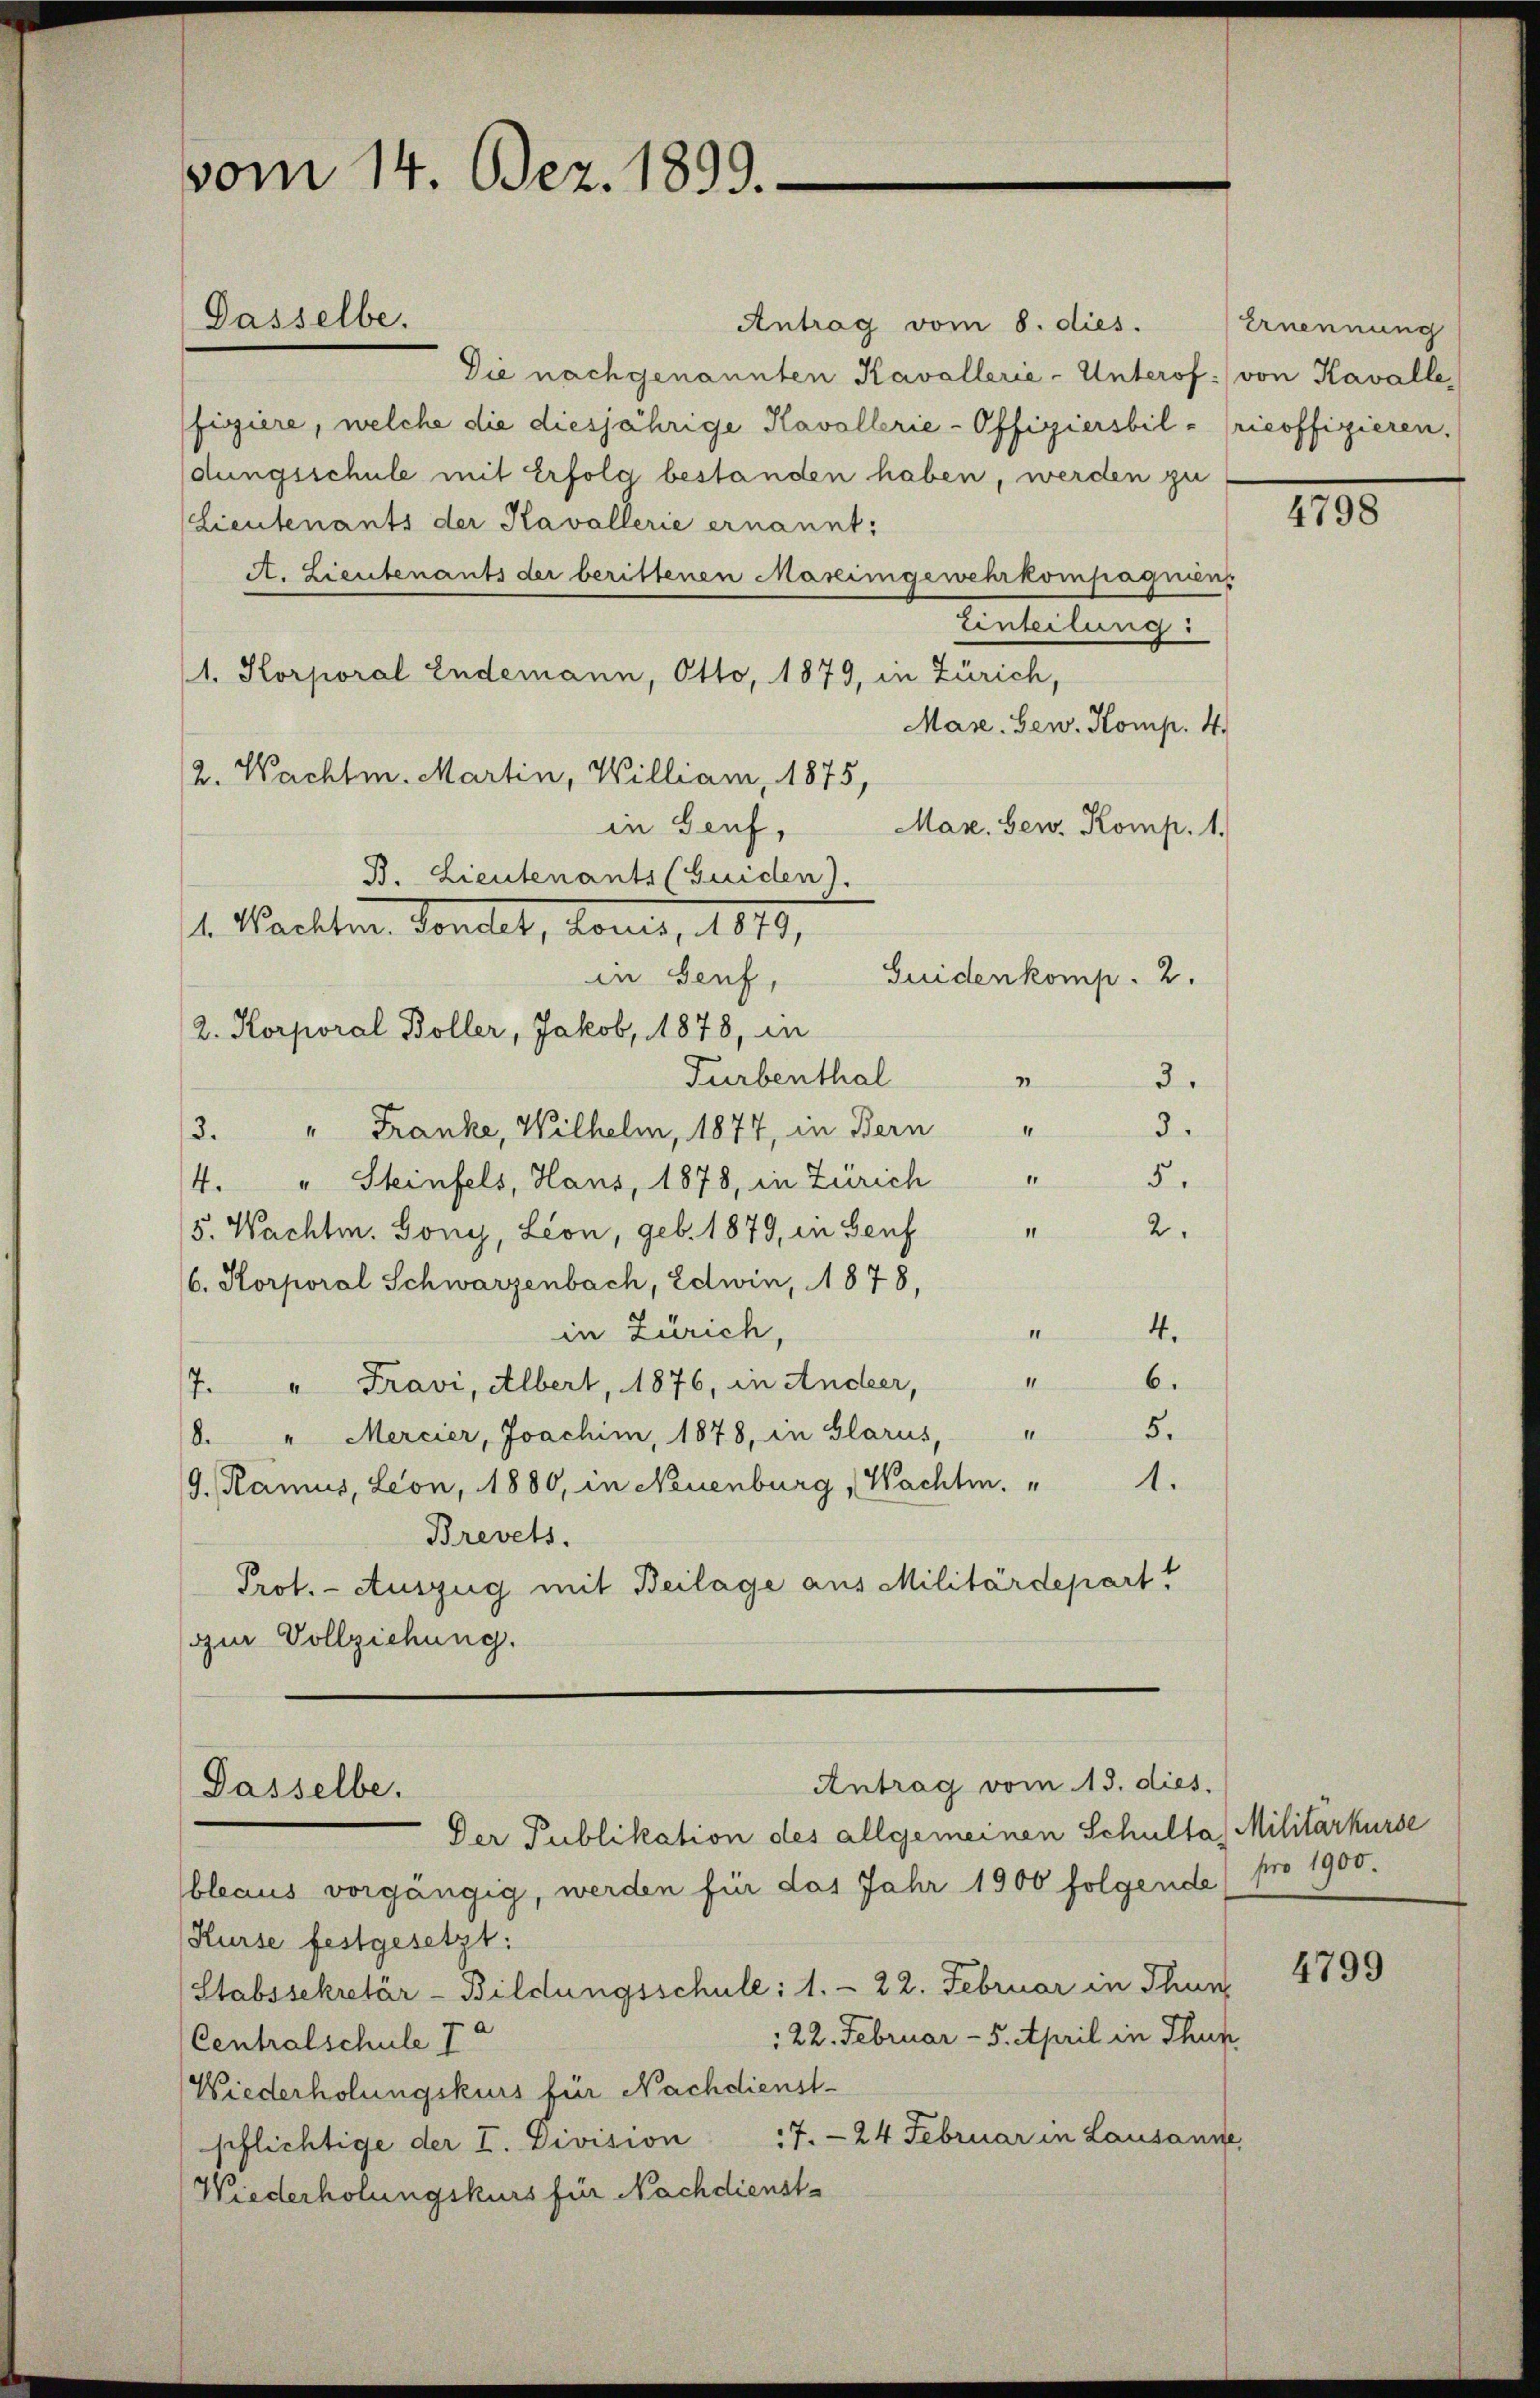
vom 14. Dez. 1899.

Antrag vom 8. dies. Ernennung
Die nach genannten Kavallerie-Unterof: von Kavalle,
fisiere, welche die diesjährige Kavallerie-Offiziersbil- ricoffizieren.
dungsschule mit Erfolg bestanden haben, werden zu
(Lieutenants der Kavallerie ernannt:
A. Lieutenants der berittenen Mareingewehrkompagniens
Einteilung
1. Korporal Endemann, Otto, 1879, in Zürich,
Mase. Gew. Komp. 4.
2. Nachtm. Martin, William, 1875,
Mar. Gew. Komp. 1.
in Genf,
B. Lieutenants (Guiden).
l. Nachten. Sondet, könne, 1879,
Guiden komp. 2.
in Genf,
2. Korporal Boller, Jakob, 1878, in
Turbenthal
3.
I
3.
I
/3. " Franke, Wilhelm, 1877, in Bern
d
5.
4. " Steinfels, Hans, 1878, in Zürich
2.
5. Wachtm. Gony, Leon, geb. 1879, in Genf "
/6. Korporal Schwarzenbach, Edwin, 1878,
in Zürich,
4.
II
I
6.
/7. " Fravi, Albert, 1876, in Andeer,
5.
II.
d. " Mercier, Joachin, 1878, in Glarus,
(9. Ramus, Leon, 1880, in Neuenburg, Wachtm. " 1.
Brevets.
Prot. - Auszug mit Beilage aus Militärdepart
(zur Vollziehung.

Dasselbe.

Antrag vom 13. dies.
Passelbe.

Der Publikation des allgemeinen Schultas Militärkurse
bleaus vorgängig, werden für das Jahr 1900 folgende (pro 1900.
Kurse festgesetzt:
Stabssekretär-Bildungsschule: 1. 22. Februar in Thun
22. Februar - 5. April in Thun.
Centralschule I
Wiederholungskurs für Nachdienst¬
7. 24 Februar in Lausanne
pflichtige der I. Division
Wiederholungskurs für Nachdienst¬

4798

4799